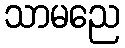
သာမညေ